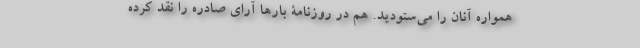
همواره آنان را می‌ستودید. هم در روزنامۀ بارها آرای صادره را نقد کرده